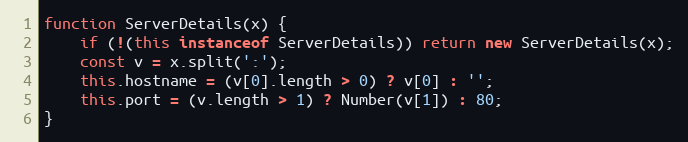
Language: JavaScript
function ServerDetails(x) {
    if (!(this instanceof ServerDetails)) return new ServerDetails(x);
    const v = x.split(':');
    this.hostname = (v[0].length > 0) ? v[0] : '';
    this.port = (v.length > 1) ? Number(v[1]) : 80;
}